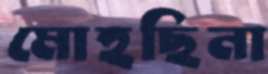
মোহছিনা